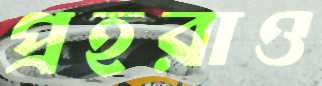
প্রহরাও